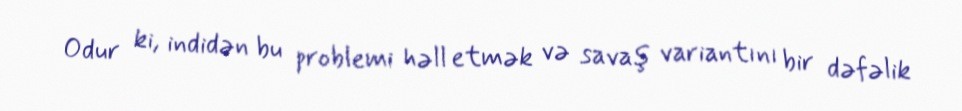
Odur ki, indidən bu problemi həll etmək və savaş variantını bir dəfəlik